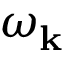
\omega _ { \mathbf { k } }